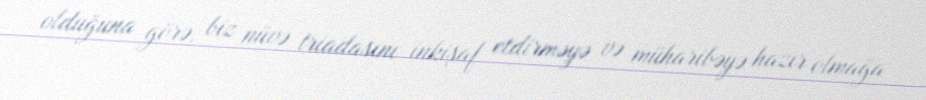
olduğuna görə, biz nüvə triadasını inkişaf etdirməyə və müharibəyə hazır olmağa